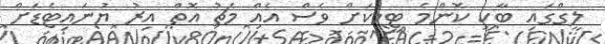
ލީގްގައި ބާކީ ކޮންމެ ޓީމަކަށް ވެސް އެއް މެޗު އޮތް އިރު ޔުނައިޓެޑަށް